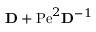
\mathbf { D } + \mathrm { P e } ^ { 2 } \mathbf { D } ^ { - 1 }